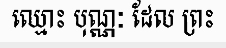
ឈ្មោះ បុណ្ណៈ ដែល ព្រះ